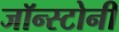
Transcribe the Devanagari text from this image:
जॉन्स्टोनी